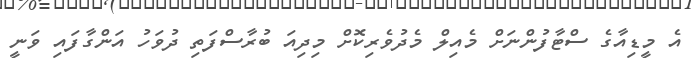
އެ މީޑިއާގެ ސްޓާފުންނަށް މެއިލް މެދުވެރިކޮށް މިދިއަ ބުރާސްފަތި ދުވަހު އަންގާފައި ވަނީ